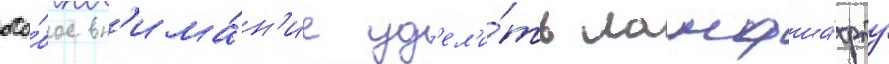
осо́бое вн'има́н'ие уд'ел'и́ть ландша́фту